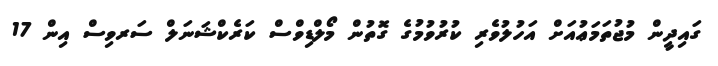
ގައިދީން މުޖުތަމަޢުއަށް އަހުލުވެރި ކުރުވުމުގެ ގޮތުން މޯލްޑިވްސް ކަރެކްޝަނަލް ސަރވިސް އިން 17